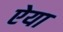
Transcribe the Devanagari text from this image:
ऐया